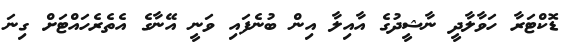
ޑޮކްޓަރާ ހަވާލާދީ ނާޝީދުގެ އާއިލާ އިން ބުނެފައި ވަނީ އޭނާގެ އެތެރެހައްޓަށް ގިނަ